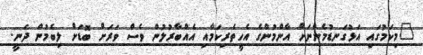
"މިކަމުގައި އަޅުގަނޑުމެންނަށް އާންމުންގެ އެހީތެރިކަމާއި އެއްބާރުލުން ވެސް ވަރަށް ބޮޑަށް ލިބެމުން ދަނީ.